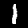
Digit: 1